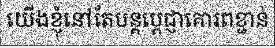
យើងខ្ញុំនៅតែបន្តប្តេជ្ញាគោរពខ្ជាន់